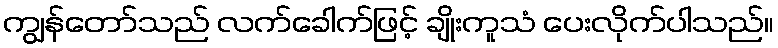
ကျွန်တော်သည် လက်ခေါက်ဖြင့် ချိုးကူသံ ပေးလိုက်ပါသည်။